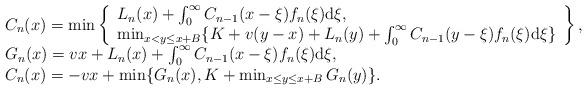
LaTeX: \begin{align*}\begin{array}{l}C_n(x)=\min\left\{\begin{array}{l}L_n(x)+\int_0^\infty C_{n-1}(x-\xi)f_n(\xi) \mathrm{d}\xi,\\\min_{x< y \leq x+B} \{K+v(y-x)+L_n(y)+\int_0^\infty C_{n-1}(y-\xi)f_n(\xi) \mathrm{d}\xi\}\end{array}\right\},\\G_n(x)=vx + L_n(x)+\int_0^\infty C_{n-1}(x-\xi)f_n(\xi) \mathrm{d}\xi,\\C_n(x)=-vx + \min\{G_n(x),K + \min_{x\leq y \leq x+B} G_n(y)\}.\end{array}\end{align*}